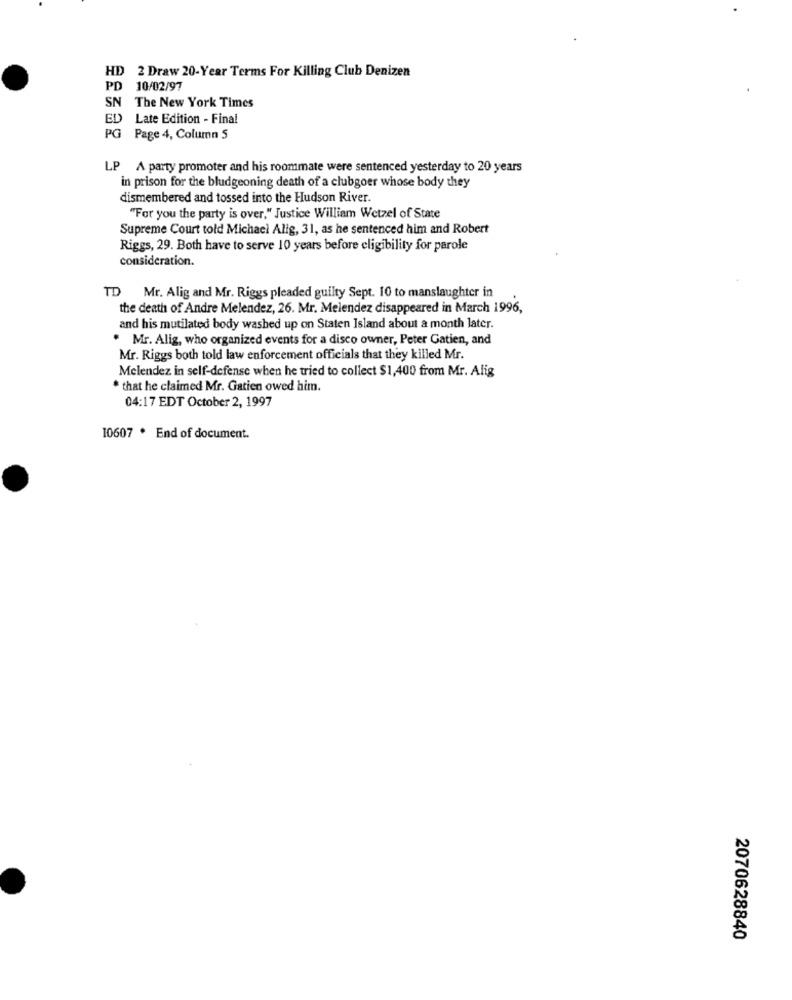
HD 2 Draw 20-Year Terms For Killing Club Denizen
PD 10/02/97
SN The New York Times
ED Late Edition - Final
PG Page 4, Column 5
LP A party promoter and his roommate were sentenced yesterday to 20 years
in prison for the bludgeoning death of a clubgoer whose body they
dismembered and tossed into the Hudson River.
"For you the party is over," Justice William Wetzel of State
Supreme Court told Michael Alig, 31, as he sentenced him and Robert
Riggs, 29. Both have to serve 10 years before eligibility for parole
consideration.
TD Mr. Alig and Mr. Riggs pleaded guilty Sept. 10 to manslaughter in
the death of Andre Melendez, 26. Mr. Melendez disappeared in March 1996,
and his mutilated body washed up on Staten Island about a month later.
. Mr. Alig, who organized events for a disco owner, Peter Gatien, and
Mr. Riggs both told law enforcement officials that they killed Mr.
Melendez in self-defense when he tried to collect $1,400 from Mr. Alig
* that he claimed Mr. Gatien owed him.
04:17 EDT October 2, 1997
10607 . End of document.
2070628840